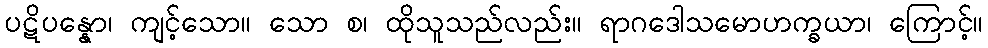
ပဋိပန္နော၊ ကျင့်သော။ သော စ၊ ထိုသူသည်လည်း။ ရာဂဒေါသမောဟက္ခယာ၊ ကြောင့်။